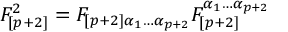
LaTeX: F _ { [ p + 2 ] } ^ { 2 } = F _ { \left[ p + 2 \right] \alpha _ { 1 } \dots \alpha _ { p + 2 } } F _ { [ p + 2 ] } ^ { \alpha _ { 1 } \dots \alpha _ { p + 2 } }